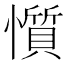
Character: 懫